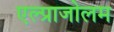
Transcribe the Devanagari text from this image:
एल्प्राजोलम